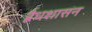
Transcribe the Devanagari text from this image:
द्वैधशासन